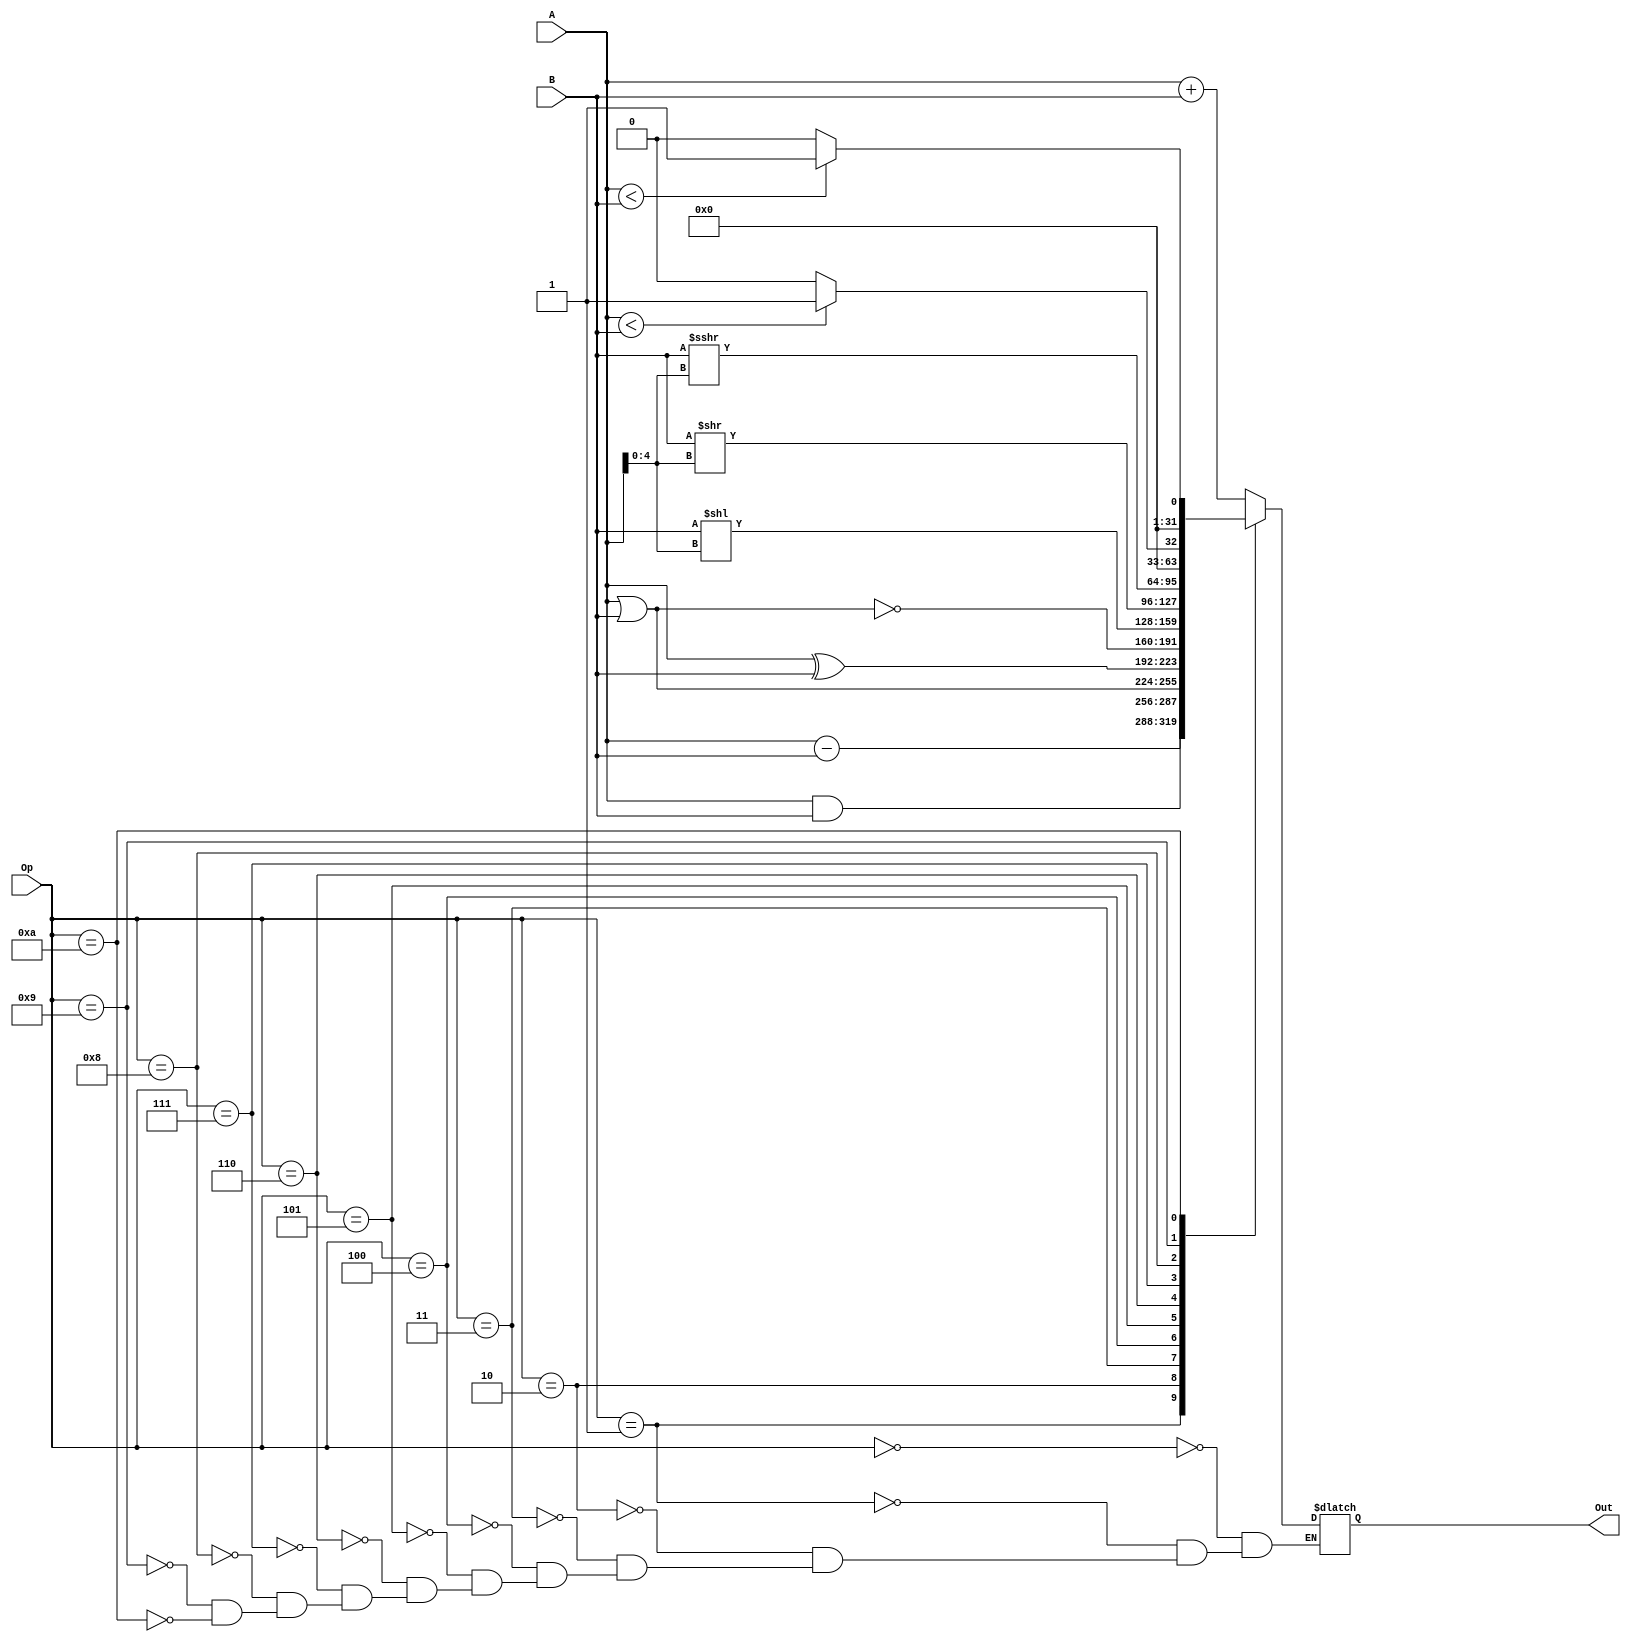
`timescale 1ns / 1ps
//////////////////////////////////////////////////////////////////////////////////
// Company: 
// Engineer: 
// 
// Design Name: 
// Module Name:    ALU 
// Project Name: 
// Target Devices: 
// Tool versions: 
// Description: 
//
// Dependencies: 
//
// Revision: 
// Revision 0.01 - File Created
// Additional Comments: 
//
//////////////////////////////////////////////////////////////////////////////////
module alu(
	input [31:0] A,
	input [31:0] B,
	input [3:0] Op,
	output reg [31:0] Out
    );
	
	always @(*) begin
		case (Op)
			0: Out = A + B;
			1: Out = A - B;
			2: Out = A & B;
			3: Out = A | B;
			4: Out = A ^ B;								//xor
			5: Out = ~(A | B);							//nor
			6: Out = B << A[4:0];						//sll
			7: Out = B >> A[4:0];						//srl
			8: Out = $signed(B) >>> A[4:0];				//sra
			9: Out = ($signed(A) < $signed(B)) ? 1 : 0;	//slt
		   10: Out = (A < B) ? 1 : 0;					//sltu		   
		endcase
	end
	
endmodule